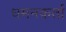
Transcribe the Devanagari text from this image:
धमनकर्ता